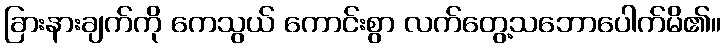
ခြားနားချက်ကို ကေသွယ် ကောင်းစွာ လက်တွေ့သဘောပေါက်မိ၏။